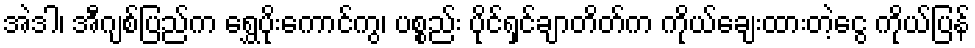
အဲဒါ၊ အီဂျစ်ပြည်က ရွှေပိုးကောင်ကွ၊ ပစ္စည်း ပိုင်ရှင်ချာတိတ်က ကိုယ်ချေးထားတဲ့ငွေ ကိုယ်ပြန်